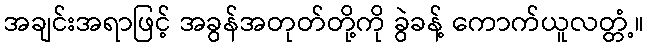
အချင်းအရာဖြင့် အခွန်အတုတ်တို့ကို ခွဲခန့် ကောက်ယူလတ္တံ့။